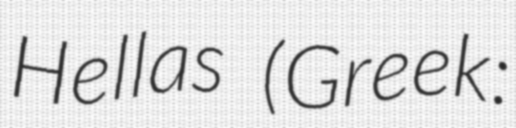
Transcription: Hellas (Greek: